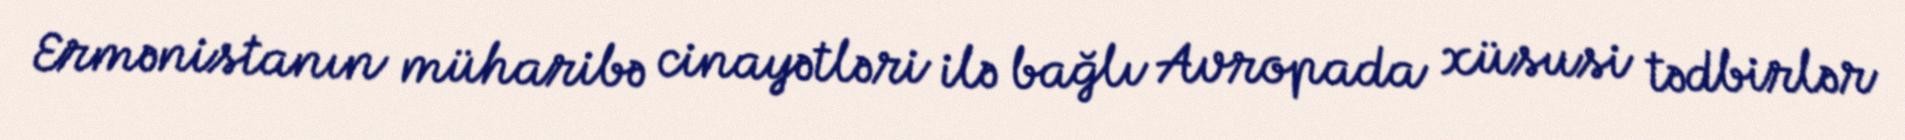
Ermənistanın müharibə cinayətləri ilə bağlı Avropada xüsusi tədbirlər